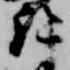
許